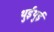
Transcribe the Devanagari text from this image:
थुईथुई